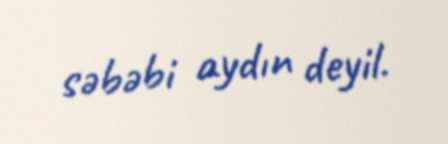
səbəbi aydın deyil.